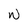
Character: W